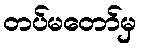
တပ်မတော်မှ